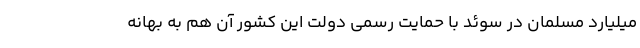
میلیارد مسلمان در سوئد با حمایت رسمی دولت این کشور آن هم به بهانه